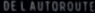
DE L'AUTOROUTE